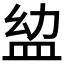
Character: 𥁒